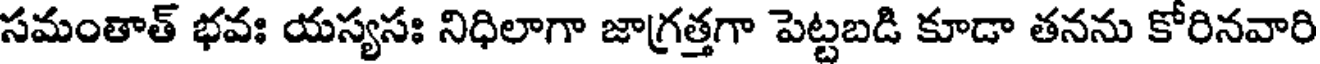
సమంతాత్ భవః యస్యసః నిధిలాగా జాగ్రత్తగా పెట్టబడి కూడా తనను కోరినవారి